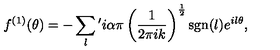
f ^ { \left( 1 \right) } ( \theta ) = - \sum _ { l } { } ^ { \prime } i \alpha \pi \left( \frac { 1 } { 2 \pi i k } \right) ^ { \frac { 1 } { 2 } } \mathrm { s g n } ( l ) e ^ { i l \theta } ,